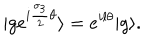
LaTeX: | g e ^ { i { \frac { { \sigma } _ { 3 } } { 2 } } { \theta } } \rangle = e ^ { i l { \theta } } | g \rangle .